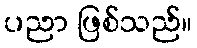
ပညာ ဖြစ်သည်။